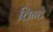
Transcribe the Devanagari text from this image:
त्तिन्टे